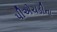
પીએચડીના